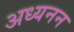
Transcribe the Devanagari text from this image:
अध्यनन